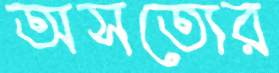
অসত্যের